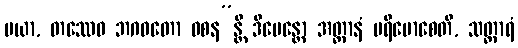
မယာ, တဿေဝ ဘဂဝတော ဝစန”န္တိ ဒီပေန္တော အတ္တာနံ ပရိမောစေတိ, သတ္ထာရံ